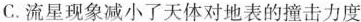
C.流星现象减小了天体对地表的撞击力度